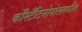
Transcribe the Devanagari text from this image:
काँस्टँटिनोपोलमधील